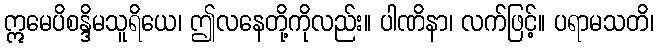
ဣမေပိစန္ဒိမသူရိယေ၊ ဤလနေတို့ကိုလည်း။ ပါဏိနာ၊ လက်ဖြင့်။ ပရာမသတိ၊